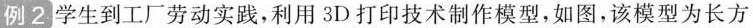
例2学生到工厂劳动实践，利用3D打印技术制作模型，如图，该模型为长方